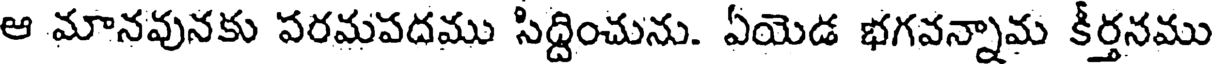
ఆ మానవునకు పరమపదము సిద్దించును. ఏయెడ భగవన్నామ కీర్తనము